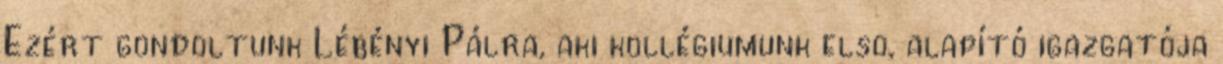
Ezért gondoltunk Lébényi Pálra, aki kollégiumunk elsõ, alapító igazgatója